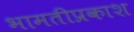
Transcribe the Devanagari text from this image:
भामतीप्रकाश